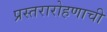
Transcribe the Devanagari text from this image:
प्रस्तरारोहणाची